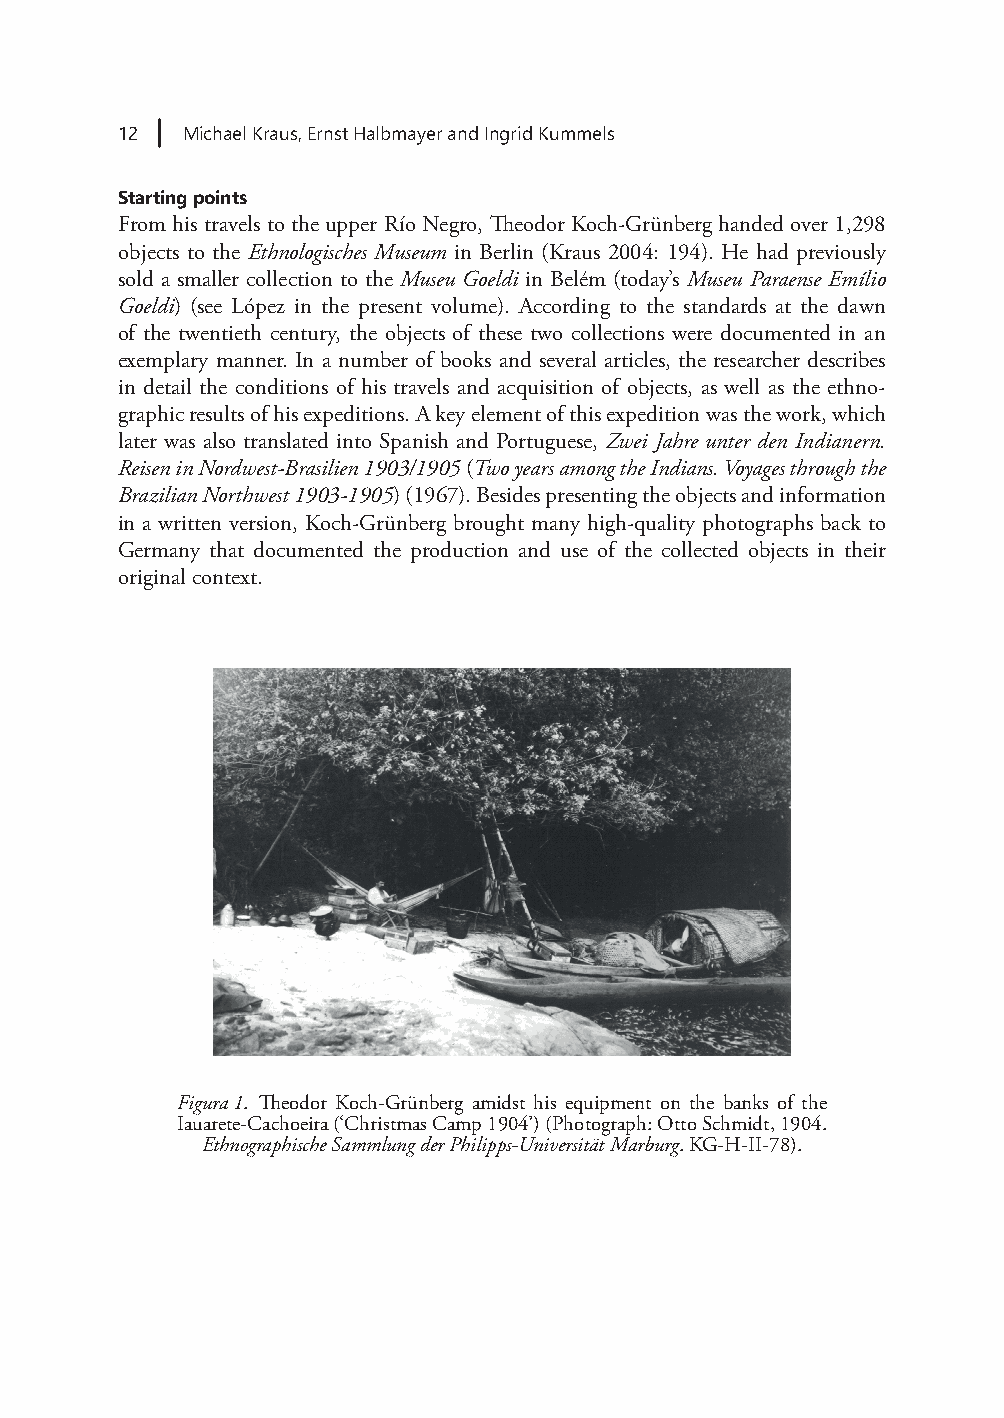
12  Michael Kraus, Ernst Halbmayer and Ingrid Kummels
 Starting points
 From his travels to the upper Río Negro, Theodor Koch-Grünberg handed over 1,298
 objects to the Ethnologisches Museum in Berlin (Kraus 2004: 194). He had previously
 sold a smaller collection to the Museu Goeldi in Belém (today’s Museu Paraense Emílio
 Goeldi) (see López in the present volume). According to the standards at the dawn
 of the twentieth century, the objects of these two collections were documented in an
 exemplary manner. In a number of books and several articles, the researcher describes
 in detail the conditions of his travels and acquisition of objects, as well as the ethno-
 graphic results of his expeditions. A key element of this expedition was the work, which
 later was also translated into Spanish and Portuguese, Zwei Jahre unter den Indianern.
 Reisen in Nordwest-Brasilien 1903/1905 (Two years among the Indians. Voyages through the
 Brazilian Northwest 1903-1905) (1967). Besides presenting the objects and information
 in a written version, Koch-Grünberg brought many high-quality photographs back to
 Germany that documented the production and use of the collected objects in their
 original context.
 Figura 1. Theodor Koch-Grünberg amidst his equipment on the banks of the
 Iauarete-Cachoeira (‘Christmas Camp 1904’) (Photograph: Otto Schmidt, 1904.
 Ethnographische Sammlung der Philipps-Universität Marburg. KG-H-II-78).